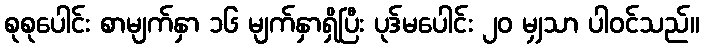
စုစုပေါင်း စာမျက်နှာ ၁၆ မျက်နှာရှိပြီး ပုဒ်မပေါင်း ၂၀ မျှသာ ပါဝင်သည်။